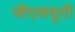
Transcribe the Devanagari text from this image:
जीएलयूटी